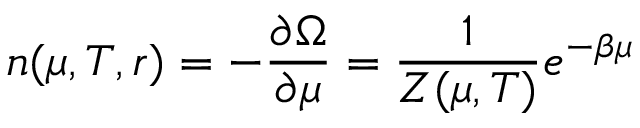
n ( \mu , T , r ) = - \frac { \partial \Omega } { \partial \mu } = \frac { 1 } { Z ( \mu , T ) } e ^ { - \beta \mu }